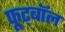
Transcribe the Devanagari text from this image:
फूट्बॉल